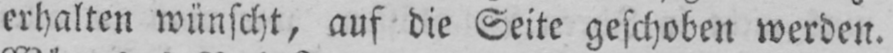
erhalten wünscht, auf die Seite geschoben werden.